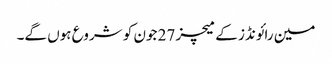
مین رائونڈز کے میچز 27 جون کو شروع ہوں گے۔